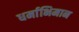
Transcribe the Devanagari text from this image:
धर्माभिमान